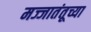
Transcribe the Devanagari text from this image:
मज्जातंतूच्या